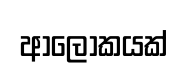
ආලොකයක්